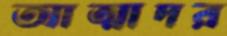
আত্মাদর